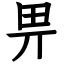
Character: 畀